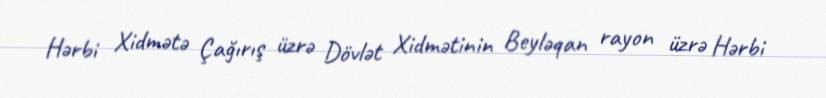
Hərbi Xidmətə Çağırış üzrə Dövlət Xidmətinin Beyləqan rayon üzrə Hərbi